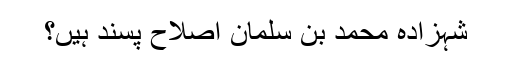
شہزادہ محمد بن سلمان اصلاح پسند ہیں؟